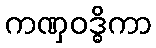
ကဏှဝဒ္ဓိကာ